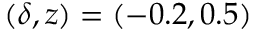
( \delta , z ) = ( - 0 . 2 , 0 . 5 )